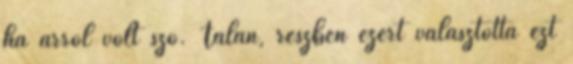
ha arról volt szó. Talán, részben ezért választotta ezt